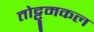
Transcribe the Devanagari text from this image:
तोट्टुमकल